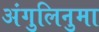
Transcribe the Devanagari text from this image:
अंगुलिनुमा